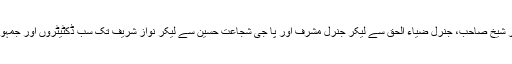
سیاسی جماعتیں اور نظریاتی پیر بدلنے میں ماہر شیخ صاحب، جنرل ضیاء الحق سے لیکر جنرل مشرف اور پا جی شجاعت حسین سے لیکر نواز شریف تک سب ڈکٹیٹروں اور جمہوری حکمرانوں کے بڑے سپیشل بندے رہے ہیں۔